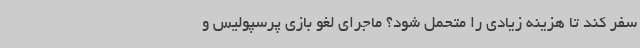
سفر کند تا هزینه‌ زیادی را متحمل شود؟ ماجرای لغو بازی پرسپولیس و